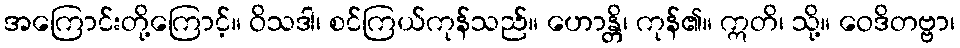
အကြောင်းတို့ကြောင့်။ ဝိသဒါ၊ စင်ကြယ်ကုန်သည်။ ဟောန္တိ၊ ကုန်၏။ ဣတိ၊ သို့။ ဝေဒိတဗ္ဗာ၊